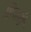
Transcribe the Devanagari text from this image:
हिजरी